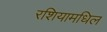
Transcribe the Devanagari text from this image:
रशियामधिल